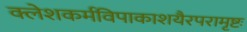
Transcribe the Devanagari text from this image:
क्लेशकर्मविपाकाशयैरपरामृष्टः